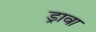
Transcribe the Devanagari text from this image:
ड्रावा